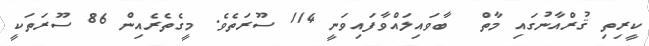
ކީރިތި ޤުރްއާނުގައި މާތް  ބާވައިލައްވާފައިވަނީ 114 ސޫރަތެވެ. މީގެތެރެއިން 86 ސޫރަތަކީ